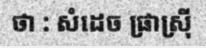
ថា : សំដេច ផ្រាស្រ៊ី